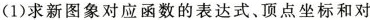
(1)求新图象对应函数的表达式、顶点坐标和对